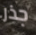
جذر